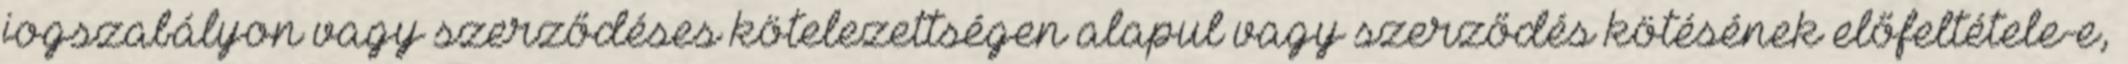
jogszabályon vagy szerződéses kötelezettségen alapul vagy szerződés kötésének előfeltétele-e,